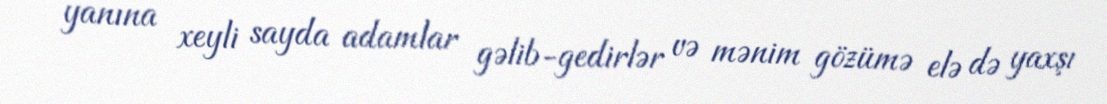
yanına xeyli sayda adamlar gəlib-gedirlər və mənim gözümə elə də yaxşı